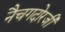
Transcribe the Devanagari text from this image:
नैचगदोरजी